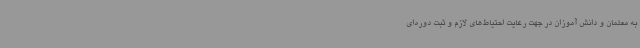
به معلمان و دانش آموزان در جهت رعایت احتیاط‌های لازم و ثبت دوره‌ای